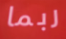
ربما